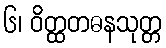
၆၊ ဝိတ္ထတဓနသုတ္တ